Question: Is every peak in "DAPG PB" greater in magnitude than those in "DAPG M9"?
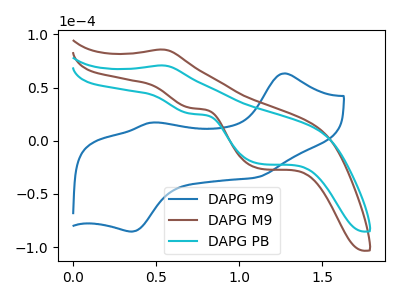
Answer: <think>The blue curve "DAPG m9" has anodic peaks at (1.25V, 63.25uA) (0.45V, 17.05uA) and cathodic peaks at (1.10V, -34.50uA) (0.35V, -85.40uA). The brown curve "DAPG M9" has an anodic peak at (0.55V, 85.75uA) and cathodic peaks at (0.70V, 30.75uA) (1.15V, -26.30uA). The cyan curve "DAPG PB" has an anodic peak at (0.55V, 70.85uA) and cathodic peaks at (0.70V, 25.40uA) (1.15V, -21.75uA).</think>
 <answer>The peaks in "DAPG PB" are neither all higher or all lower than the peaks in "DAPG M9".</answer>
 <eval>mixed</eval>